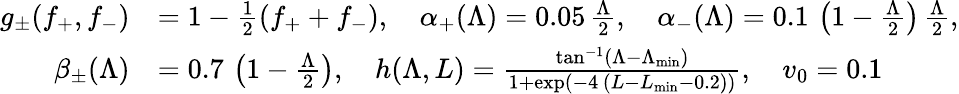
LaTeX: \begin{array}{rl}{g_{\pm}(f_{+},f_{-})}&{=1-\frac 12\left(f_{+}+f_{-}\right),\quad\alpha_{+}(\Lambda)=0.05\, \frac{\Lambda}2,\quad\alpha_{-}(\Lambda)=0.1\, \left(1-\frac{\Lambda}2\right)\, \frac{\Lambda}2,}\\ {\beta_{\pm}(\Lambda)}&{=0.7\, \left(1-\frac{\Lambda}2\right),\quad h(\Lambda,L)=\frac{\tan^{-1}(\Lambda-\Lambda_{\textup{min}})}{1+\exp(-4\, (L-L_{\textup{min}}-0.2))},\quad v_{0}=0.1}\end{array}